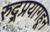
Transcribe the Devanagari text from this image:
रुद्र्प्रयागहून